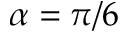
\alpha = \pi / 6